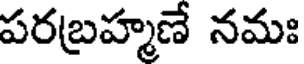
పరబ్రహ్మణే నమః